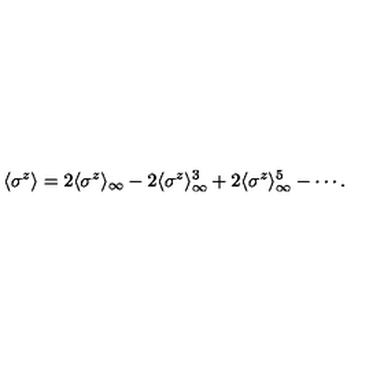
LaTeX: \langle \sigma ^ { z } \rangle = 2 \langle \sigma ^ { z } \rangle _ { \infty } - 2 \langle \sigma ^ { z } \rangle _ { \infty } ^ { 3 } + 2 \langle \sigma ^ { z } \rangle _ { \infty } ^ { 5 } - \cdots .